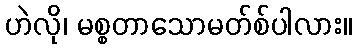
ဟဲလို၊ မစ္စတာသောမတ်စ်ပါလား။